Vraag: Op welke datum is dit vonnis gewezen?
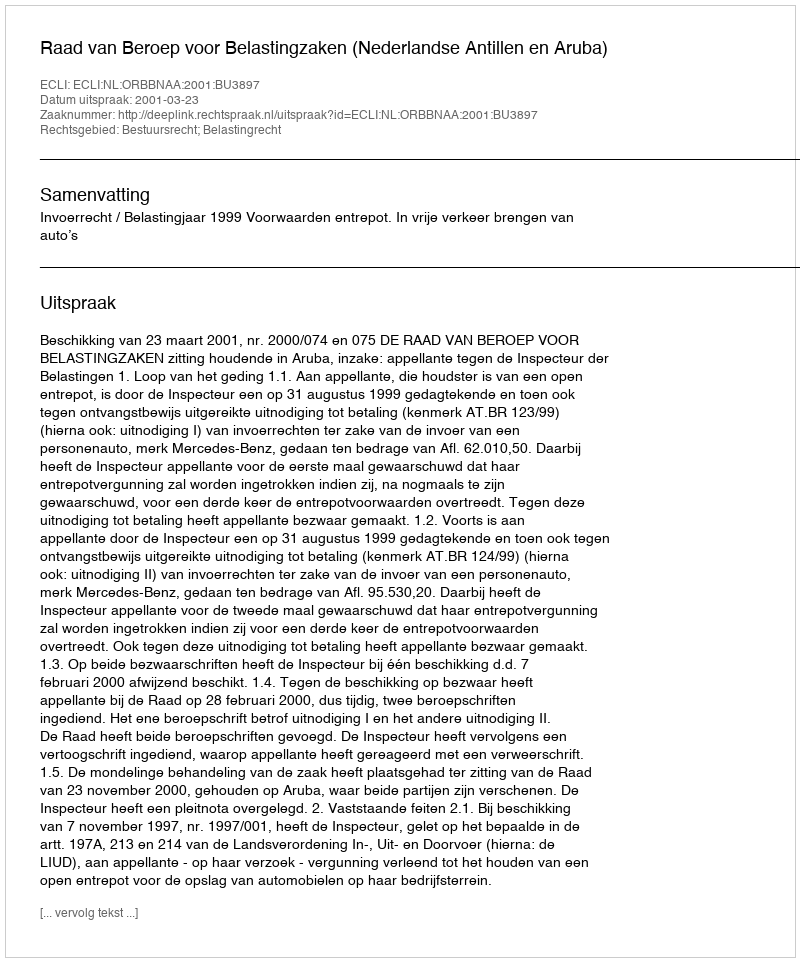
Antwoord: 2001-03-23